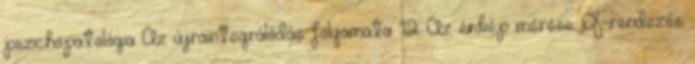
pszichopatológia Az újraintegrálódás folyamata 12 Az énkép mérése: Q-rendezés